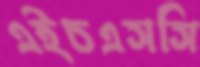
এইচএসসি